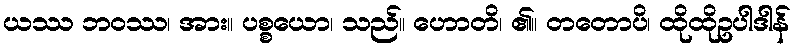
ယဿ ဘဝဿ၊ အား။ ပစ္စယော၊ သည်။ ဟောတိ၊ ၏။ တတောပိ၊ ထိုထိုဥပါဒါန်